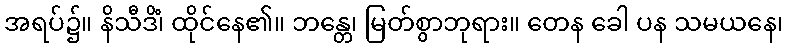
အရပ်၌။ နိသီဒိံ၊ ထိုင်နေ၏။ ဘန္တေ၊ မြတ်စွာဘုရား။ တေန ခေါ ပန သမယနေ၊